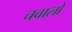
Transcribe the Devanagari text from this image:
चवालो